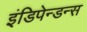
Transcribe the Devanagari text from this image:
इंडिपेन्डन्स